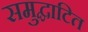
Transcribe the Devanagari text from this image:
समुद्घाटित